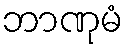
ဘာဏုမံ